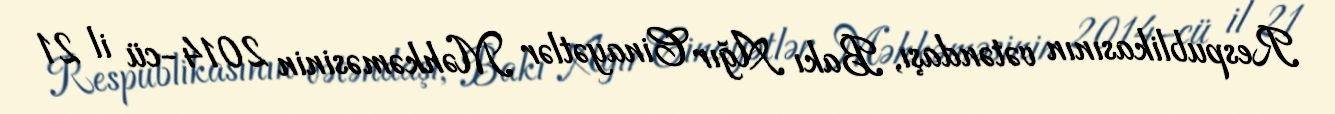
Respublikasının vətəndaşı, Bakı Ağır Cinayətlər Məhkəməsinin 2014-cü il 21